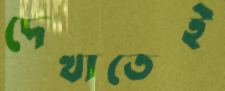
দেখাতেই